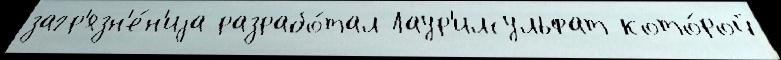
загр'язн'е́н'иjа разрабо́тал Лаур'илсульфат кото́рой